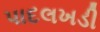
પાદલખડી